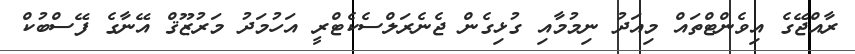
ރާއްޖޭގެ އިވެންޓްތައް މިއަދު ނިމުމާއި ގުޅިގެން ޖެނެރަލްސެކެޓްރީ އަހުމަދު މަރުޒޫޤް އޭނާގެ ފޭސްބުކް